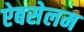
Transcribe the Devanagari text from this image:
ऐबसेलम